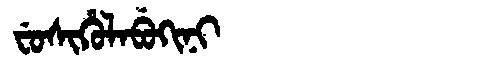
Manchu: ᠸᡠᠰᡳᡥᡠᠯᠠᠪᡠᡴᡳᠨᡳ
Romanization: FUSIHULABUKINI